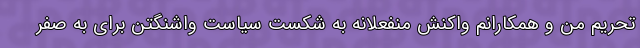
تحریم من و همکارانم واکنش منفعلانه به شکست سیاست واشنگتن برای به صفر